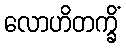
လောဟိတက္ခိံ